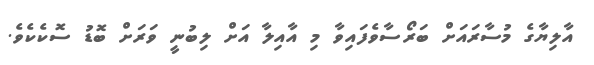
އާލިޔާގެ މުސާރައަށް ބަރޯސާވެފައިވާ މި އާއިލާ އަށް ލިބުނީ ވަރަށް ބޮޑު ސޮކެކެވެ.